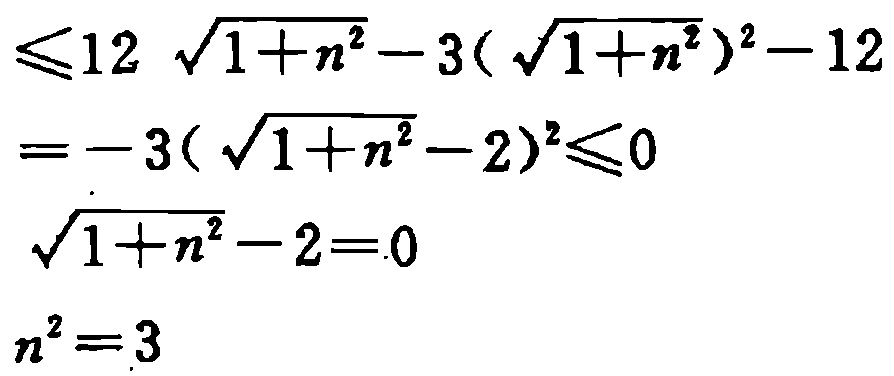
\leqslant 12\sqrt{1 + n^{2}}-3(\sqrt{1 + n^{2}})^{2}-12\\

=-3(\sqrt{1 + n^{2}} - 2)^{2}\leqslant 0\\

\sqrt{1 + n^{2}}-2 = 0\\

n^{2}=3